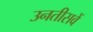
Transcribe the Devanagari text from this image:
उनतीसवें